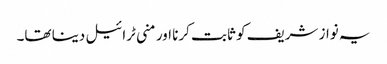
یہ نواز شریف کو ثابت کرنا اور منی ٹرائیل دینا تھا۔